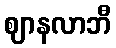
ဈာနလာဘီ